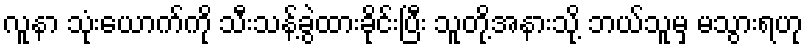
လူနာ သုံးယောက်ကို သီးသန့်ခွဲထားခိုင်းပြီး သူတို့အနားသို့ ဘယ်သူမှ မသွားရဟု